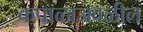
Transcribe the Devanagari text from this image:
कपाळाजवळील